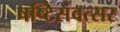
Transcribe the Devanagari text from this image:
षष्टिसंवत्सर